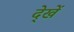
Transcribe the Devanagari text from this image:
दे्खें